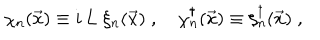
\chi _ { n } ( \vec { x } ) \equiv i \, L \; \xi _ { n } ( \vec { x } ) \; , \quad \chi _ { n } ^ { \dagger } ( \vec { x } ) \equiv \xi _ { n } ^ { \dagger } ( \vec { x } ) \; ,